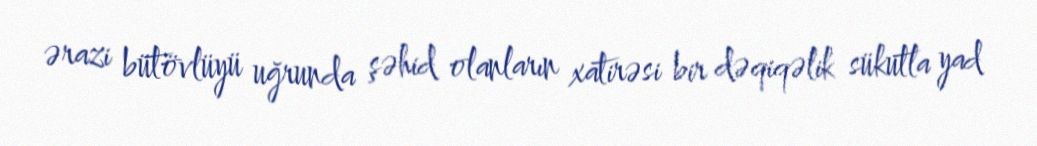
ərazi bütövlüyü uğrunda şəhid olanların xatirəsi bir dəqiqəlik sükutla yad